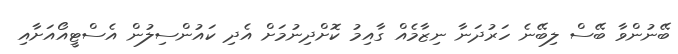
ބޭނުންވާ ބޭސް ލިބޭނެ ހަރުދަނާ ނިޒާމެއް ގާއިމު ކޮށްދިނުމަށް އެދި ކައުންސިލުން އެސްޓީއޯއަށާއި